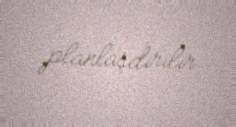
planlaşdırılır.